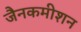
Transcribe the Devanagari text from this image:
जैनकमीशन